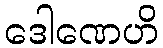
ဒေါဏေဟိ